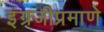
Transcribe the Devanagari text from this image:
इंग्रजीप्रमाणे